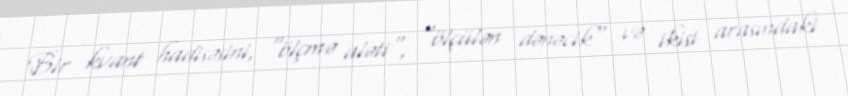
Bir kvant hadisəsini, "ölçmə aləti", "ölçülən dənəcik" və ikisi arasındaki